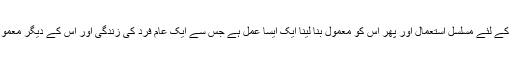
تاہم اس کا لمبے دورانیے کے لئے مسلسل استعمال اور پھر اس کو معمول بنا لینا ایک ایسا عمل ہے جس سے ایک عام فرد کی زندگی اور اس کے دیگر معمولات شدید متاثر ہوتے ہیں۔